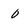
Character: 0